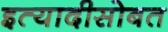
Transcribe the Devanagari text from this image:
इत्यादीसोबत